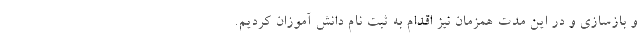
و بازسازی و در این مدت همزمان نیز اقدام به ثبت نام دانش آموزان ‌کردیم.